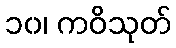
၁၀၊ ကဝိသုတ်